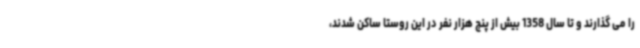
را می گذارند و تا سال 1358 بیش از پنج هزار نفر در این روستا ساکن شدند،